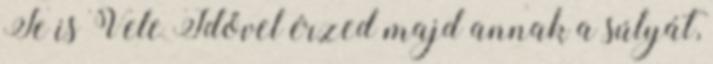
Te is Vele Idővel érzed majd annak a súlyát,